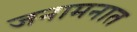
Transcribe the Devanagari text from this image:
जनामनात